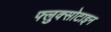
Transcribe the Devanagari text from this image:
फ्लुक्सोटाइन